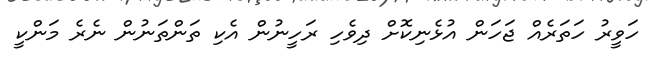
ހަވީރު ހަތަރެއް ޖަހަން އުޅެނިކޮށް ދިވެހި ރަހީނުން އެކި ތަންތަނުން ނެރެ މަންކީ